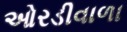
ઓરડીવાળા